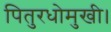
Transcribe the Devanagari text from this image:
पितुरधोमुखी।